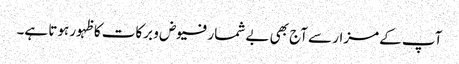
آپ کے مزار سے آج بھی بے شمار فیوض و برکات کا ظہور ہوتا ہے۔